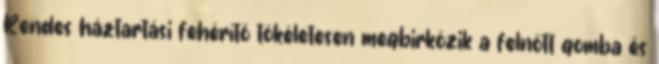
Rendes háztartási fehérítő tökéletesen megbirkózik a felnőtt gomba és